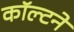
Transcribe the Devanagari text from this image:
कॉल्टने